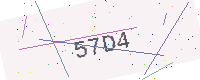
Text: 57D4